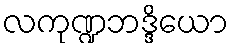
လကုဏ္ဍဘဒ္ဒိယော